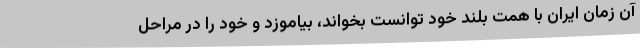
آن زمان ایران با همت بلند خود توانست بخواند، بیاموزد و خود را در مراحل